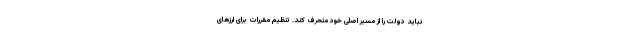
نباید دولت را از مسیر اصلی خود منحرف کند. تنظیم مقررات برای ارزهای